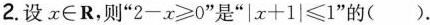
2.设x\inR，则”$$2-x\ge0$$”是”$$|x+1|\le1$$”的()。